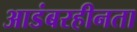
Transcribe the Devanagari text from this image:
आडंबरहीनता